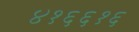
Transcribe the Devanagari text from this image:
४१६६१६